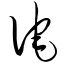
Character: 诧